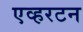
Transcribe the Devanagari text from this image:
एव्हरटन